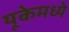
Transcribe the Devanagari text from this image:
यूकेमध्ये